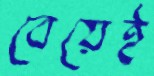
বেয়েই